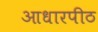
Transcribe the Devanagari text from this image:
आधारपीठ